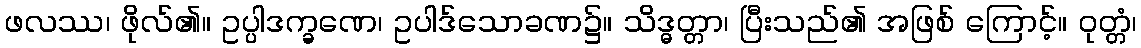
ဖလဿ၊ ဖိုလ်၏။ ဥပ္ပါဒက္ခဏေ၊ ဥပါဒ်သောခဏ၌။ သိဒ္ဓတ္တာ၊ ပြီးသည်၏ အဖြစ် ကြောင့်။ ဝုတ္တံ၊